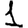
Digit: 1